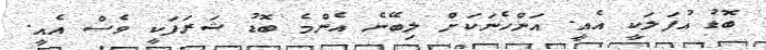
ބޮޑު އުފަލަކީ އެއީ. އަންހެނަކަށް ލިބޭނެ އެންމެ ބޮޑު ޝަރަފަކީ ވެސް އެއީ.